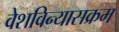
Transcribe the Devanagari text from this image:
वेशविन्यासक्रम